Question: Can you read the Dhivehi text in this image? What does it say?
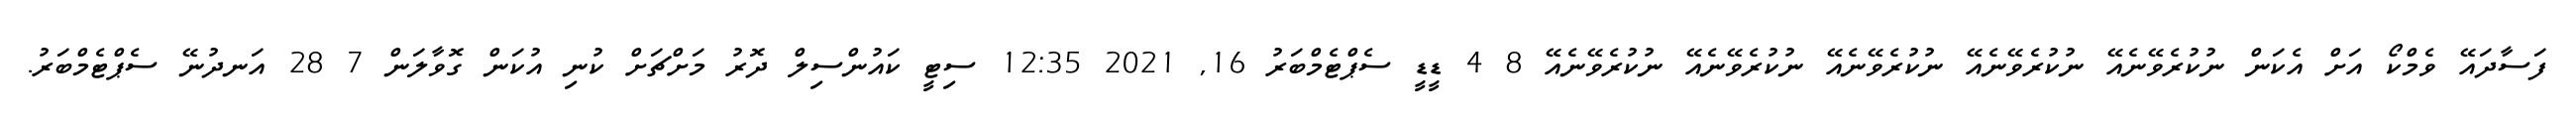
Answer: ފަސާދައޭ ވެމްކޯ އަށް އެކަން ނުކުރެވޭނެއޭ ނުކުރެވޭނެއޭ ނުކުރެވޭނެއޭ ނުކުރެވޭނެއޭ ނުކުރެވޭނެއޭ 8 4 ޑީޑީ ސެޕްޓެމްބަރު 16, 2021 12:35 ސިޓީ ކައުންސިލް ދޮރު މަށްޗަށް ކުނި އުކަން ގޮވާލަން 7 28 އަނދުނޭ ސެޕްޓެމްބަރު.